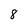
Character: 8